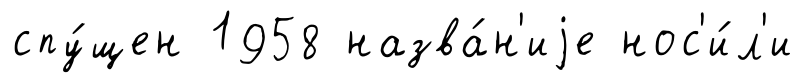
спу́щен 1958 назва́н'иjе нос'и́л'и